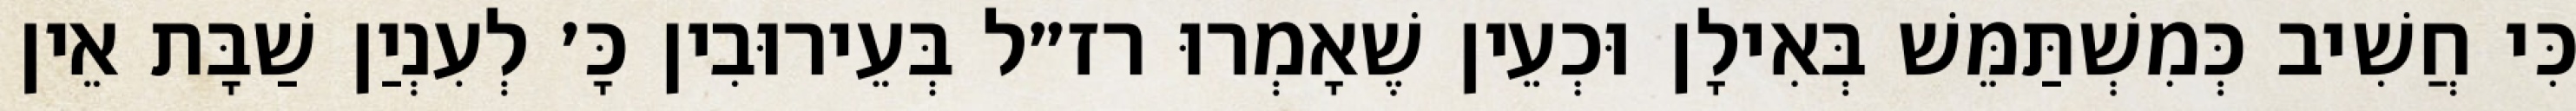
כִּי חֲשִׁיב כְּמִשְׁתַּמֵּשׁ בְּאִילָן וּכְעֵין שֶׁאָמְרוּ רז״ל בְּעֵירוּבִין כָּ׳ לְעִנְיַן שַׁבָּת אֵין